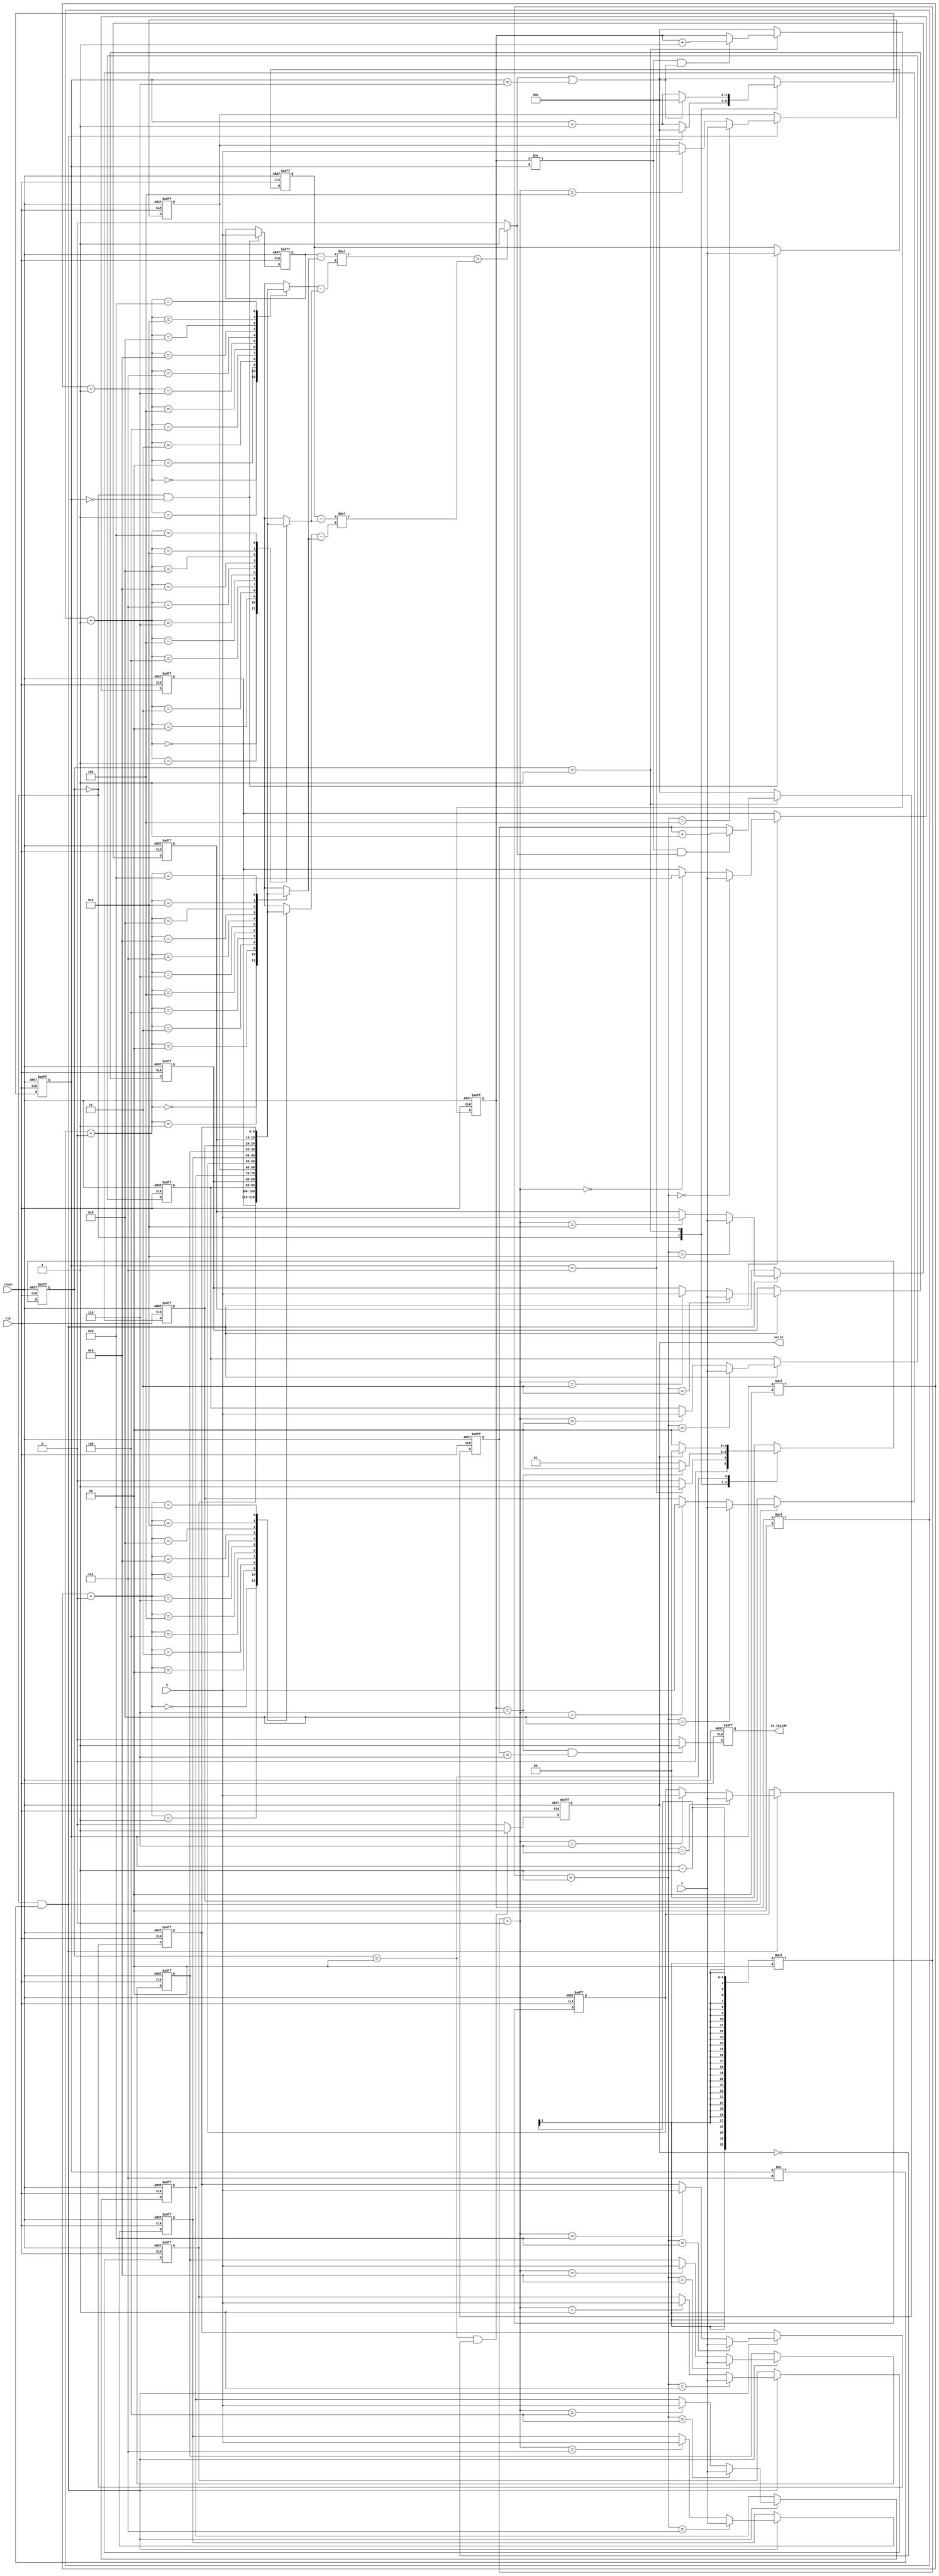
// EEGuizhi
module geofence (
    input clk,
    input reset,
    input [9:0] X,
    input [9:0] Y,
    output reg valid,
    output reg is_inside
    );

    // Coords
    parameter x = 0;
    parameter y = 1;

    // True & False
    parameter TRUE = 1;
    parameter FALSE = 0;

    // States
    parameter INPUT = 0;
    parameter CALC = 1;
    parameter OUTPUT = 2;
    parameter NOTUSED = 3;

    integer i;  // used for generate circuit

    reg [1:0] cs, ns;         // states
    reg [9:0] tar [0:1];      // target coords
    reg [9:0] rec [0:5][0:1]; // 6 receivers coords

    reg [2:0] count, round;
    reg [2:0] right_times;  // counting times of "vec1 is at right side of vec2", max is 6

    wire signed [10:0] vec1 [0:1];  // vector from rec to tar (coord 10bits + signed bit)
    wire signed [10:0] vec2 [0:1];  // vector from rec to another rec
    wire signed [20:0] v_cross1;    // cross part 1 (2 * 10bits + signed bit)
    wire signed [20:0] v_cross2;    // cross part 2
    wire right;

    // Vectors
    assign vec1[x] = {1'b0, tar[x]} - {1'b0, rec[round][x]};
    assign vec1[y] = {1'b0, tar[y]} - {1'b0, rec[round][y]};
    assign vec2[x] = {1'b0, rec[count][x]} - {1'b0, rec[round][x]};
    assign vec2[y] = {1'b0, rec[count][y]} - {1'b0, rec[round][y]};

    // Cross value
    assign v_cross1 = vec1[x] * vec2[y];  // vec1 x vec2 part 1
    assign v_cross2 = vec1[y] * vec2[x];  // vec1 x vec2 part 2
    assign right = (v_cross1 > v_cross2) ? 1 : 0;  // direction of cross value


    // FSM
    always @(posedge clk or posedge reset) begin
        if(reset)
            cs <= INPUT;
        else
            cs <= ns;
    end
    always @(*) begin
        case(cs)
            INPUT: begin
                if(count == 7)
                    ns = CALC;
                else
                    ns = INPUT;
            end
            CALC: begin
                if(round == 6)
                    ns = OUTPUT;
                else
                    ns = CALC;
            end
            OUTPUT: begin
                if(valid)
                    ns = INPUT;
                else
                    ns = OUTPUT;
            end
            default:
                ns = INPUT;
        endcase
    end

    // inputs (to memory)
    always @(posedge clk or posedge reset) begin
        if(reset) begin
            tar[x] <= 0;
            tar[y] <= 0;
        end
        else begin
            if(cs == INPUT && count == 0) begin
                tar[x] <= X;
                tar[y] <= Y;
            end
        end
    end
    always @(posedge clk or posedge reset) begin
        if(reset) begin
            for(i = 0; i < 6; i = i+1) begin
                rec[i][x] <= 0;
                rec[i][y] <= 0;
            end
        end
        else begin
            if(cs == INPUT && count != 7) begin
                rec[count - 1][x] <= X;
                rec[count - 1][y] <= Y;
            end
        end
    end

    // counting control
    always @(posedge clk or posedge reset) begin
        if(reset)
            count <= 0;
        else begin
            case(cs)
                INPUT: begin
                    if(count == 7)
                        count <= 0;
                    else
                        count <= count + 1;
                end
                CALC: begin
                    if(right || count == 6)
                        count <= 0;
                    else
                        count <= count + 1;
                end
                default:
                    count <= 0;
            endcase
        end
    end

    // rounds counting control
    always @(posedge clk or posedge reset) begin
        if(reset)
            round <= 0;
        else begin
            case(cs)
                CALC: begin
                    if(round != count && (right || count == 6))
                        round <= round + 1;
                end
                default:
                    round <= 0;
            endcase
        end
    end

    // counting right times
    always @(posedge clk or posedge reset) begin
        if(reset)
            right_times <= 0;
        else begin
            case(cs)
                CALC: begin
                    if(round != count && right)
                        right_times <= right_times + 1;
                end
                default:
                    right_times <= 0;
            endcase
        end
    end

    // inside signal
    always @(posedge clk or posedge reset) begin
        if(reset)
            is_inside <= 0;
        else begin
            if(round == 6 && right_times == 6)
                is_inside <= 1;
            else
                is_inside <= 0;
        end
    end

    // valid signal control
    always @(posedge clk or posedge reset) begin
        if(reset)
            valid <= 0;
        else begin
            if(cs == OUTPUT && !valid)
                valid <= 1;
            else
                valid <= 0;
        end
    end
endmodule